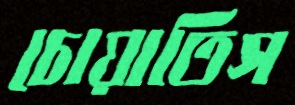
চোয়াতিস